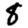
Digit: 8